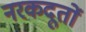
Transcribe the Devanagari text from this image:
नरकदूतों